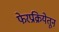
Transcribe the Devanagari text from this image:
फेरप्रक्रियेतून